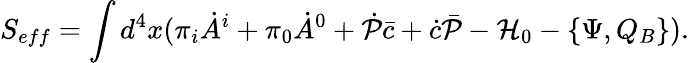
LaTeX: S_{eff}=\int d^{4}x(\pi_{i}\dot{A}^{i}+\pi_{0}\dot{A}^{0}+\dot{\cal P}\bar{c}+\dot{c}\bar{\cal P}-{\cal H}_{0}-\{ \Psi,Q_{B}\} ).